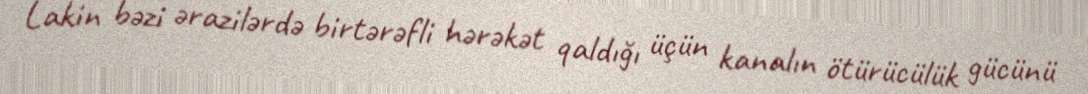
Lakin bəzi ərazilərdə birtərəfli hərəkət qaldığı üçün kanalın ötürücülük gücünü